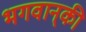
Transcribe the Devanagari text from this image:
भगवान्‌की